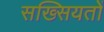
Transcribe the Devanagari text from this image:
सख्सियतों